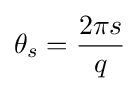
\theta _{s}={\frac {2\pi s}{q}}